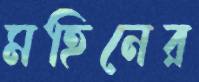
মহিনের